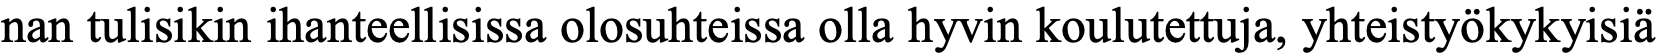
nan tulisikin ihanteellisissa olosuhteissa olla hyvin koulutettuja, yhteistyökykyisiä